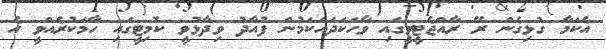
އެކަމާ ގުޅިގެން ރޭ ރާއްޖެޓީވީގައި ވާހަކަދައްކަމުން ފުއާދު ވިދާޅުވީ ކޮމިޓީގައި ހާމަކުރެއްވީ އެ